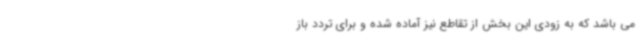
می باشد که به زودی این بخش از تقاطع نیز آماده شده و برای تردد باز